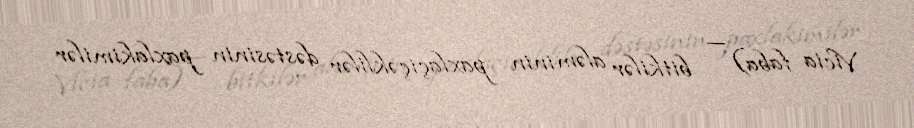
Vicia faba) — bitkilər aləminin paxlaçiçəklilər dəstəsinin paxlakimilər